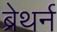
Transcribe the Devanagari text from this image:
ब्रेथर्न